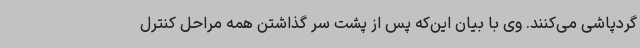
گردپاشی می‌کنند. وی با بیان این‌که پس از پشت سر گذاشتن همه مراحل کنترل